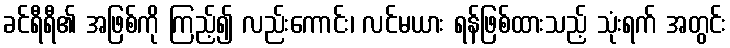
ခင်ရီရီ၏ အဖြစ်ကို ကြည့်၍ လည်းကောင်း၊ လင်မယား ရန်ဖြစ်ထားသည့် သုံးရက် အတွင်း